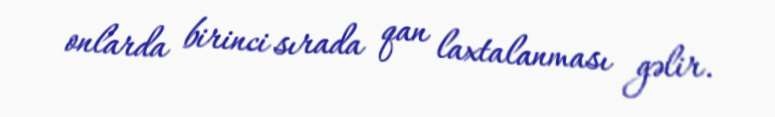
onlarda birinci sırada qan laxtalanması gəlir.